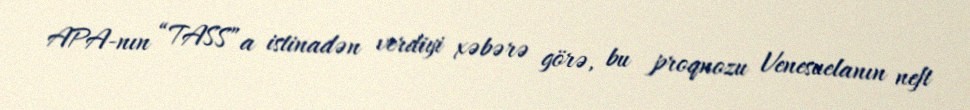
APA-nın “TASS”a istinadən verdiyi xəbərə görə, bu proqnozu Venesuelanın neft